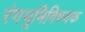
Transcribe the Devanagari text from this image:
रंगभूमिविषयक